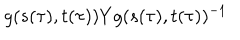
g ( s ( \tau ) , t ( \tau ) ) Y g ( s ( \tau ) , t ( \tau ) ) ^ { - 1 }